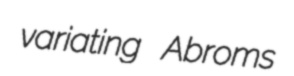
variating Abroms